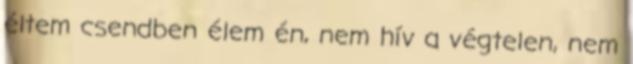
éltem csendben élem én, nem hív a végtelen, nem